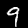
Label: 9